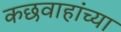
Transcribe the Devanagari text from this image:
कछवाहांच्या